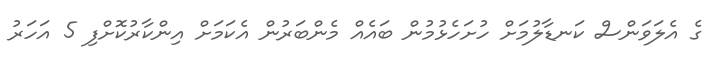
ގެ އެލަވަންސް ކަނޑާލުމަށް ހުށަހެޅުމުން ބައެއް މެންބަރުން އެކަމަށް އިންކާރުކޮށްފި 5 އަހަރު